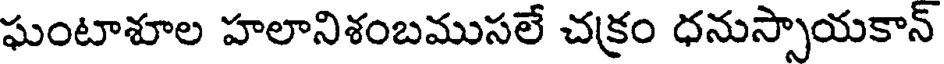
ఘంటాశూల హలానిశంబముసలే చక్రం ధనుస్పాయకాన్